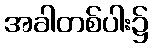
အခါတစ်ပါး၌